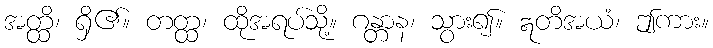
အတ္ထိ၊ ရှိ၏။ တတ္ထ၊ ထိုအရပ်သို့။ ဂန္တာန၊ သွား၍။ ဣတိအယံ၊ ဤကား။